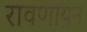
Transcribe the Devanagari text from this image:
रावणायन